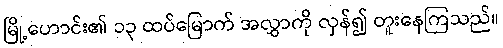
မြို့ဟောင်း၏ ၁၃ ထပ်မြောက် အလွှာကို လှန်၍ တူးနေကြသည်။